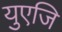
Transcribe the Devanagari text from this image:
युएजि